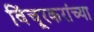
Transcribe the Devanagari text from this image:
विंचूरकरांच्या